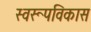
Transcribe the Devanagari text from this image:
स्वरूपविकास